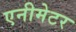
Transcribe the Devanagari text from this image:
एनीमेटर